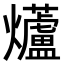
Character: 𭶨